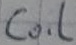
Text: Coil